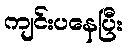
ကျင်းပနေပြီး